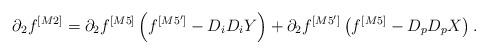
LaTeX: \begin{align*}\partial_2f^{[M2]}= \partial_2f^{[M5]} \left(f^{[M5']}-D_iD_iY\right) +\partial_2f^{[M5']}\left(f^{[M5]} -D_pD_pX\right).\end{align*}